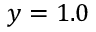
y = 1 . 0